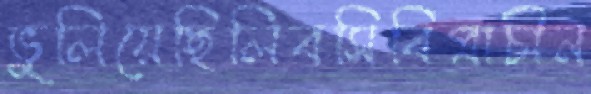
ভুলিয়েছিলিবসিবিপ্রাচীন